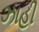
ઝાહી